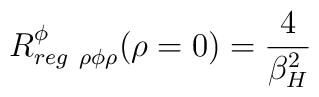
R^\phi_{reg \ \rho \phi \rho} (\rho=0)={4 \over \beta^2_H}